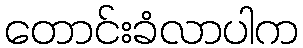
တောင်းခံလာပါက